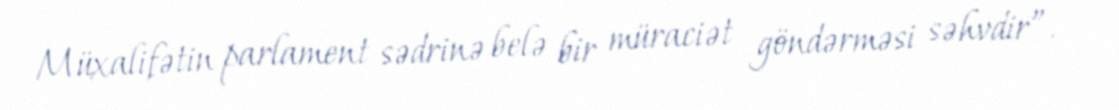
Müxalifətin parlament sədrinə belə bir müraciət göndərməsi səhvdir”.